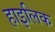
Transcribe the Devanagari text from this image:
हाइलिक